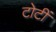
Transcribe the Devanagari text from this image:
टोटीं